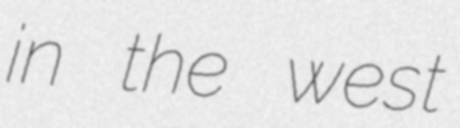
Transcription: in the west